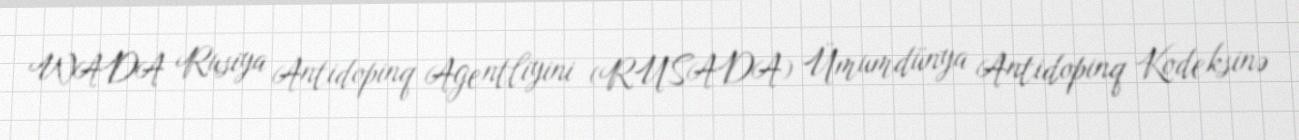
WADA Rusiya Antidopinq Agentliyini (RUSADA) Ümumdünya Antidopinq Kodeksinə